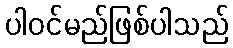
ပါဝင်မည်ဖြစ်ပါသည်